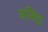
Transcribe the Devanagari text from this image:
असिद्व